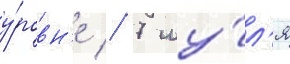
у́ровн'е // 7 иу́л'я